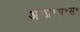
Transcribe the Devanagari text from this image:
अ॰प्र॰स॰स॰